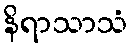
နိရာသာသံ